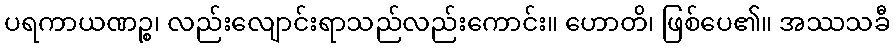
ပရကာယဏဉ္စ၊ လည်းလျောင်းရာသည်လည်းကောင်း။ ဟောတိ၊ ဖြစ်ပေ၏။ အဿသခီ